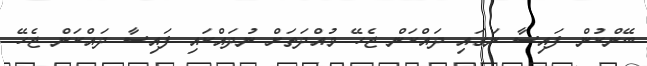
ބޭންކުން ފައިސާ ނަގައި ދައްކަން ޖެހޭ މުއްދަތަށް ނުދައްކައި ފައިސާ ދައްކަން ޖެހޭ